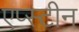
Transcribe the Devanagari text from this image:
एप्स्टीन